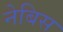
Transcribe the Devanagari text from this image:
नेबिस